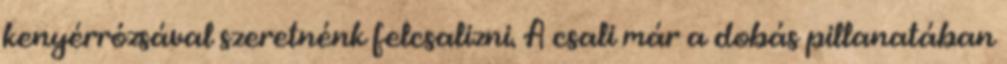
kenyérrózsával szeretnénk felcsalizni. A csali már a dobás pillanatában